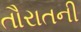
તૌરાતની